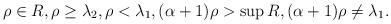
LaTeX: \begin{align*} \rho \in R, \rho \ge \lambda _2, \rho < \lambda _1, (\alpha +1) \rho > \sup R, (\alpha +1) \rho \not = \lambda _1.\end{align*}